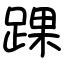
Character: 踝